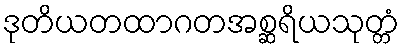
ဒုတိယတထာဂတအစ္ဆရိယသုတ္တံ